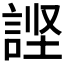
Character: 𰴹